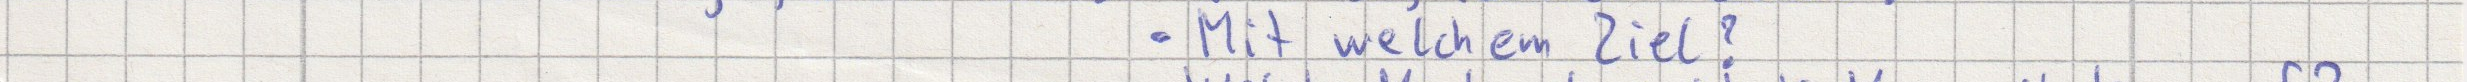
Mit welchem Ziel?